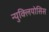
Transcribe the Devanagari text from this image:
न्युक्लियोसिस